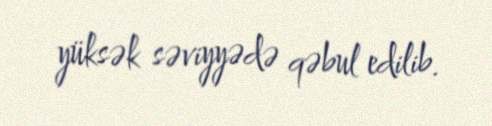
yüksək səviyyədə qəbul edilib.